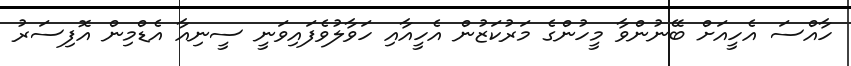
ހާއްސަ އެހީއަށް ބޭނުންވާ މީހުންގެ މަރުކަޒުން އެހީއާއި ހަވާލުވެފައިވަނީ ސީނިއާ އެޑްމިން އޮފިސަރު